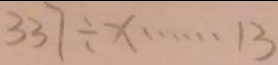
3 3 7 \div x \cdots 1 3